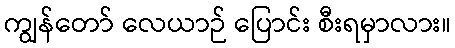
ကျွန်တော် လေယာဉ် ပြောင်း စီးရမှာလား။